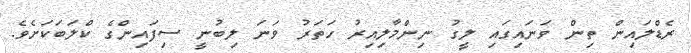
ރެޑްލައިން ތިން ވަނައިގައި ލީގު ނިންމާލިއިރު ހަތަރު ވަނަ ލިބުނީ ސިފައިންގެ ކްލަބަކަށެެވެ.